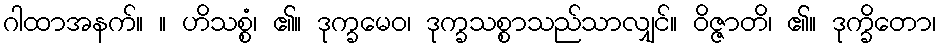
ဂါထာအနက်။ ။ ဟိသစ္စံ၊ ၏။ ဒုက္ခမေဝ၊ ဒုက္ခသစ္စာသည်သာလျှင်။ ဝိဇ္ဇာတိ၊ ၏။ ဒုက္ခိတော၊